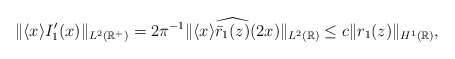
\begin{align*} \|\langle x\rangle I_1^{\prime}(x)\|_{L^2(\mathbb{R}^+)}= 2\pi^{-1} \|\langle x\rangle \widehat{ \bar{r}_1(z)} (2x)\|_{L^2(\mathbb{R})}\leq c \| r_1(z) \|_{H^1(\mathbb{R})},\end{align*}